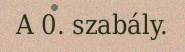
A 0. szabály.